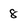
Character: 8